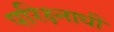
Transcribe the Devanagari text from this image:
परिक्ष्नाधीं